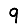
Digit: 9